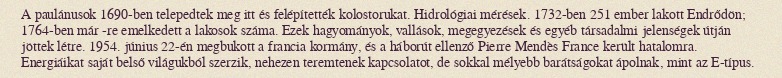
A paulánusok 1690-ben telepedtek meg itt és felépítették kolostorukat. Hidrológiai mérések. 1732-ben 251 ember lakott Endrődön; 1764-ben már -re emelkedett a lakosok száma. Ezek hagyományok, vallások, megegyezések és egyéb társadalmi jelenségek útján jöttek létre. 1954. június 22-én megbukott a francia kormány, és a háborút ellenző Pierre Mendès France került hatalomra. Energiáikat saját belső világukból szerzik, nehezen teremtenek kapcsolatot, de sokkal mélyebb barátságokat ápolnak, mint az E-típus.